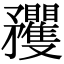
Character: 矡